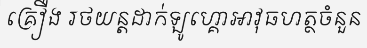
គ្រឿង រថយន្តដាក់ឡូហ្គោអាវុធហត្ថចំនួន